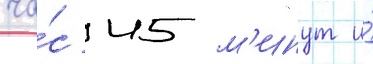
ча́с 45 м'инут и́